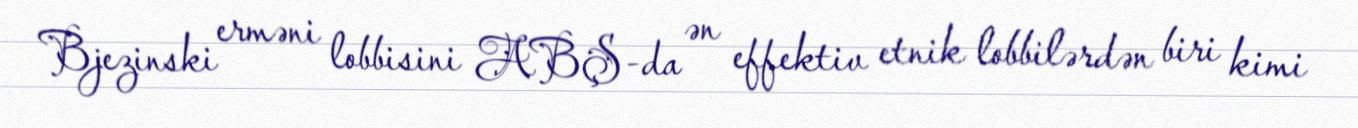
Bjezinski erməni lobbisini ABŞ-da ən effektiv etnik lobbilərdən biri kimi